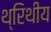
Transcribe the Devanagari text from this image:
थ्रिथीय